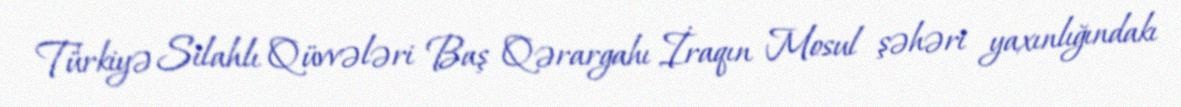
Türkiyə Silahlı Qüvvələri Baş Qərargahı İraqın Mosul şəhəri yaxınlığındakı